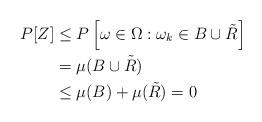
LaTeX: \begin{align*}P[Z] &\leq P\left[\omega \in \Omega : \omega_k \in B \cup \tilde{R}\right] \\&= \mu(B \cup \tilde{R}) \\&\leq \mu(B) + \mu(\tilde{R})=0\end{align*}